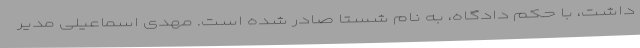
داشت، با حکم دادگاه، به نام شستا صادر شده است. مهدی اسماعیلی مدیر